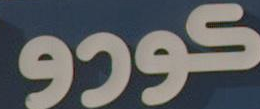
9395